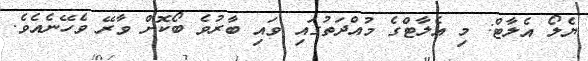
ޔެލޯ އެލާޓް: މި އެލާޓްގެ މުއްދަތުގައި ވައި ބާރުވެ ބޯކޮށް ވާރޭ ވެހޭނެއެވެ.